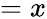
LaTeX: =x